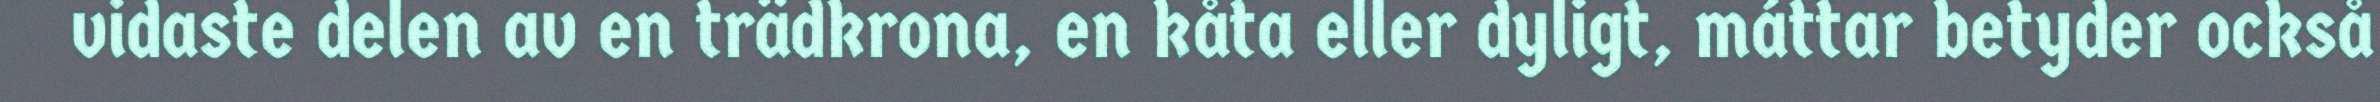
vidaste delen av en trädkrona, en kåta eller dyligt, máttar betyder också